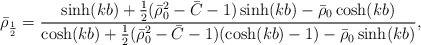
LaTeX: \begin{align*}\bar\rho_{\frac12} = \frac{\sinh(kb)+\frac12(\bar\rho_0^2-\bar C-1)\sinh(kb)-\bar\rho_0\cosh(kb)}{\cosh(kb)+\frac12(\bar\rho_0^2-\bar C-1)(\cosh(kb)-1)-\bar\rho_0\sinh(kb)},\end{align*}